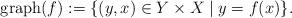
LaTeX: \begin{align*}\mathrm{graph}(f):= \{(y,x) \in Y\times X\mid y= f(x)\}.\end{align*}